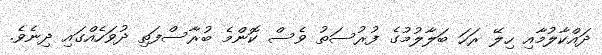
ދައްކާލުމާއި ހިލޭ ރަހަ ބަލާލުމުގެ ފުރުސަތު ވެސް ކޮންމެ ބުރާސްފަތި ދުވަހެއްގައި ދިނެވެ.